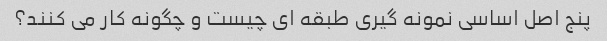
پنج اصل اساسی نمونه گیری طبقه ای چیست و چگونه کار می کنند؟